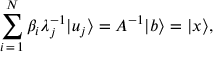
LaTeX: \sum _ { i \mathop { = } 1 } ^ { N } \beta _ { i } \lambda _ { j } ^ { - 1 } | u _ { j } \rangle = A ^ { - 1 } | b \rangle = | x \rangle ,